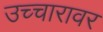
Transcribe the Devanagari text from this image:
उच्चारावर